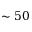
\sim 5 0